Report on sanitation, dispensaries, and jails in Rajputana for 1909, and on vaccination for the year 1909-1910 - 1909-1910
Year: 1909
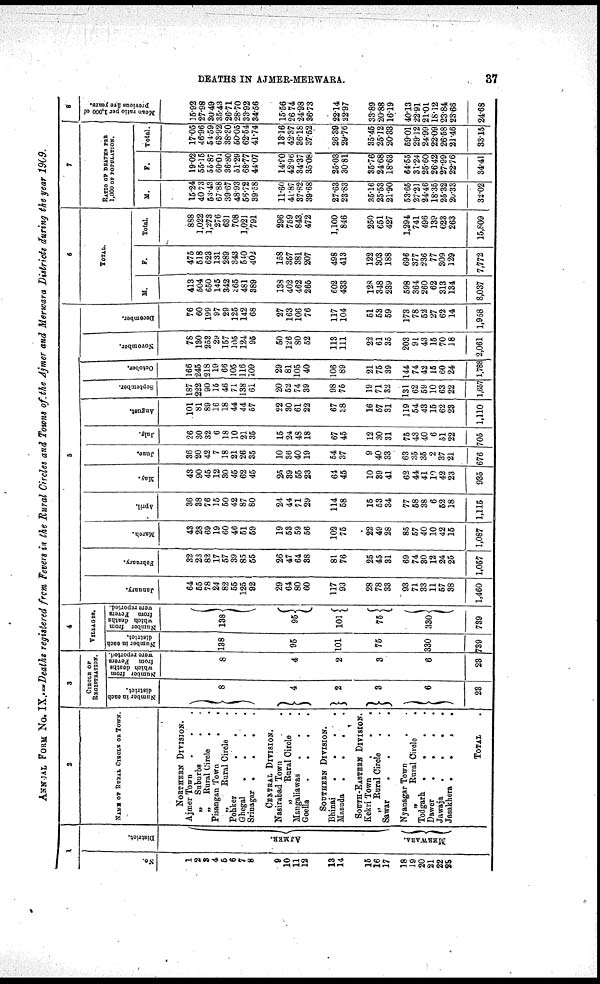
DEATHS IN AJMER-MERWARA.
37
ANNUAL FORM No. IX.—Deaths registered from Fevers in the Rural Circles and Towns of the Ajmer and Merwara Districts during the year 1909.
1
No.
1
2
3
4
5
6
7
8
9
10
11
12
13
14
15
16
17
18
19
20
21
22
23
District.
AJMER.
MERWARA.
2
NAMES OF RURAL CIRCLE OF TOWN.
NORTHERN DIVISION.
Ajmer Town
.
.
.
„
Suburbs . .
„
Rural Circle
.
.
Pisangan Town
.
.
„
Rural Circle .
Pohker
.
. .
Ghegal
.
. . .
Srinagar .
.
.
.
CENTRAL DIVISION.
Nasirabad Town .
„
Rural Circle .
Mangaliawas . . .
Goella
.
.
.
SOUTHERN DIVISION.
Bhinai
.
.
.
.
Masuda
.
.
.
.
SOUTH-EASTERN DIVISION.
Kekri Town
.
.
.
„ Rural Circle . .
Sawar
.
.
.
.
Nyanagar Town
. .
„
Rural Circle .
Todgarh .
.
.
.
Dawer
.
.
.
.
Jawaja
.
.
.
.
Jasakhera .
.
.
.
TOTAL .
3
CIRCLE OF
REGISTRATION.
Number in each
district.
8
4
2
3
6
23
Mumber from
which deaths
from Fevers
were reported.
8
4
2
3
6
23
4
VILLAGES.
Number in each
district.
138
95
101
75
330
739
Number from
which deaths
from Fevers
were reported.
138
95
101
75
330
739
5
January.
64
55
78
24
82
55
125
92
29
64
80
60
117
93
28
78
33
93
71
33
11
57
38
1,460
February.
32
23
82
17
57
39
85
55
26
47
64
38
81
76
25
45
31
69
74
30
12
24
25
1,057
March.
43
28
69
19
60
46
51
59
19
53
59
56
102
75
22
49
28
85
57
40
10
42
15
1,087
April.
36
38
76
15
50
42
87
80
24
44
71
29
114
58
15
53
34
77
58
38
6
52
18
1,115
May.
43
90
45
12
30
45
62
45
25
39
55
23
64
45
10
39
41
62
44
41
10
42
23
935
June.
36
20
42
7
18
21
26
35
10
36
40
19
54
37
9
40
33
63
35
35
2
37
21
676
July.
26
30
32
6
18
10
21
35
15
24
48
18
67
45
12
30
31
75
43
40
6
51
22
705
August.
101
81
89
16
18
44
44
57
22
30
61
22
67
38
16
57
31
119
54
43
15
62
23
1,110
September.
187
222
90
15
46
71
138
61
20
52
74
39
98
75
19
71
32
131
62
59
10
63
22
1,657
October.
166
245
218
19
66
105
116
109
29
81
105
40
106
89
21
75
39
144
74
42
15
60
24
1,788
November.
78
130
253
29
157
105
124
95
50
126
80
52
113
111
22
61
35
203
91
43
15
70
18
2,061
December.
76
60
199
97
29
125
142
68
27
163
106
76
117
104
51
53
59
173
78
52
27
62
14
1,958
6
TOTAL.
M.
413
604
650
145
342
365
481
389
138
402
462
265
602
433
128
348
239
598
364
260
62
313
134
8,037
F.
475
518
623
131
289
343
540
402
158
357
381
207
498
413
122
303
188
696
377
236
77
309
129
7,772
Total.
888
1,022
1,273
276
631
708
1,021
791
296
759
843
472
1,100
846
250
651
427
1,294
741
496
139
623
263
15,809
7
RATIO OF DEATHS PER
1,000 OF POPULATION.
M.
15.24
40 73
53.43
67.88
39.67
48.93
56.72
39.58
11.60
41.87
37.82
39.68
27.63
23.83
35.16
25.53
21.90
53.65
27.21
24.46
18.35
25.32
20.33
32.02
F.
19.02
55.15
55.87
60.04
36.80
51.29
68.77
44.07
14.90
42.96
34.37
35.08
25.03
30.81
35.76
24.68
18.63
64.55
31.24
25.60
26.42
27.99
22.76
34.41
Total.
17.05
46.96
54.59
63.92
38.30
50.05
62.54
41.74
13.16
42.37
36.18
37.52
26.39
29.76
35.45
25.12
20.33
59.01
29.12
24.99
22.09
26.58
21.46
33.15
8
Mean ratio per 1,000 of
previous five years.
15.92
27.98
30.49
35.43
26.71
28.70
33.92
34.56
15.56
26.74
24.98
36.73
22.14
22.97
33.89
20.88
16.19
40.13
22.91
21.01
18.12
23.84
23.66
24.68